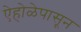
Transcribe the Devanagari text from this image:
ऐहोळेपासून